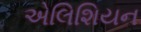
એલિશિયન